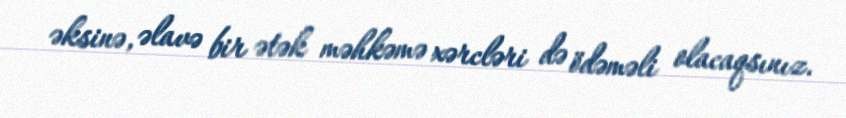
əksinə, əlavə bir ətək məhkəmə xərcləri də ödəməli olacaqsınız.